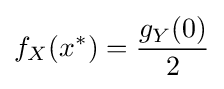
f_{X}(x^{*})={\frac {g_{Y}(0)}{2}}